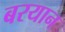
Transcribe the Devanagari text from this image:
बरयान